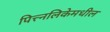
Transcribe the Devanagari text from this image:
पित्त्नलिकेमधील